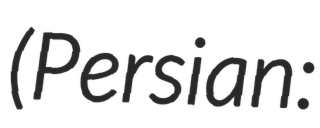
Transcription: (Persian: